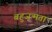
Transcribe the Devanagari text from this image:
बहुजन्मता